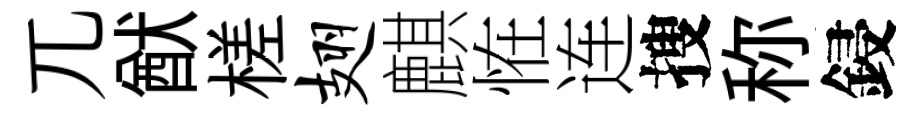
兀猷槎翅麒恠连搜称鋟